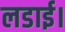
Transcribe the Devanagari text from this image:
लडाई।